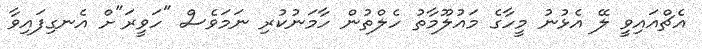
އެޗްއައިވީ ލޭ އެޅުނު މީހާގެ މައުލޫމާތު ހެލްތުން ހާމަނުކުރި ނަމަވެސް "ހަވީރަ"ށް އެނގިފައިވާ